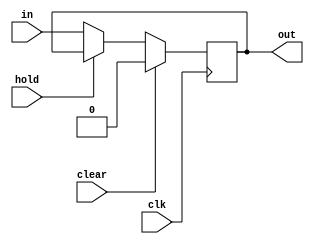
module reg_latches(
    input clk,
    input clear,
    input hold,
    input in,
    output out
    );
    // λ the number of bits
    parameter N = 1;
    
    wire [N-1:0] in;
    reg [N-1:0] out;
    
    always @(posedge clk) begin
        if(clear)
            out <= {N{1'b0}};
        else if (hold)
            out <= out;
        else
            out <= in;
    end
    
endmodule